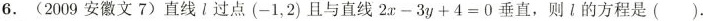
6.(2009安徽文7)直线l过点(-1，2)且与直线$$2 x - 3 y + 4 = 0$$垂直，则l的方程是()。